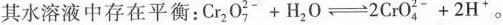
其水溶液中存在平衡：$$C r _ { 2 } O _ { 7 } ^ { 2 - } +H _ { 2 } O \rightleftharpoons 2 C r O _ { 4 } ^ { 2 - } + 2 H ^ { + }$$。